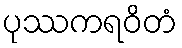
ပုဿကရဝိတံ